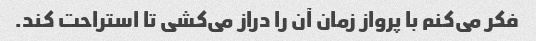
فکر می‌کنم با پرواز زمان آن را دراز می‌کشی تا استراحت کند.